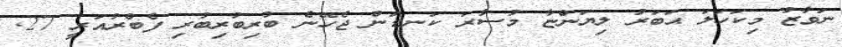
ނަވާޒު މިކަހަލަ ޙަބަރު ލިޔަންޏާ މުސާރަ ކަނޑަން ޖެހޭނެ ބުރިބުރިބުރި ފެބްރުއަރީ 27